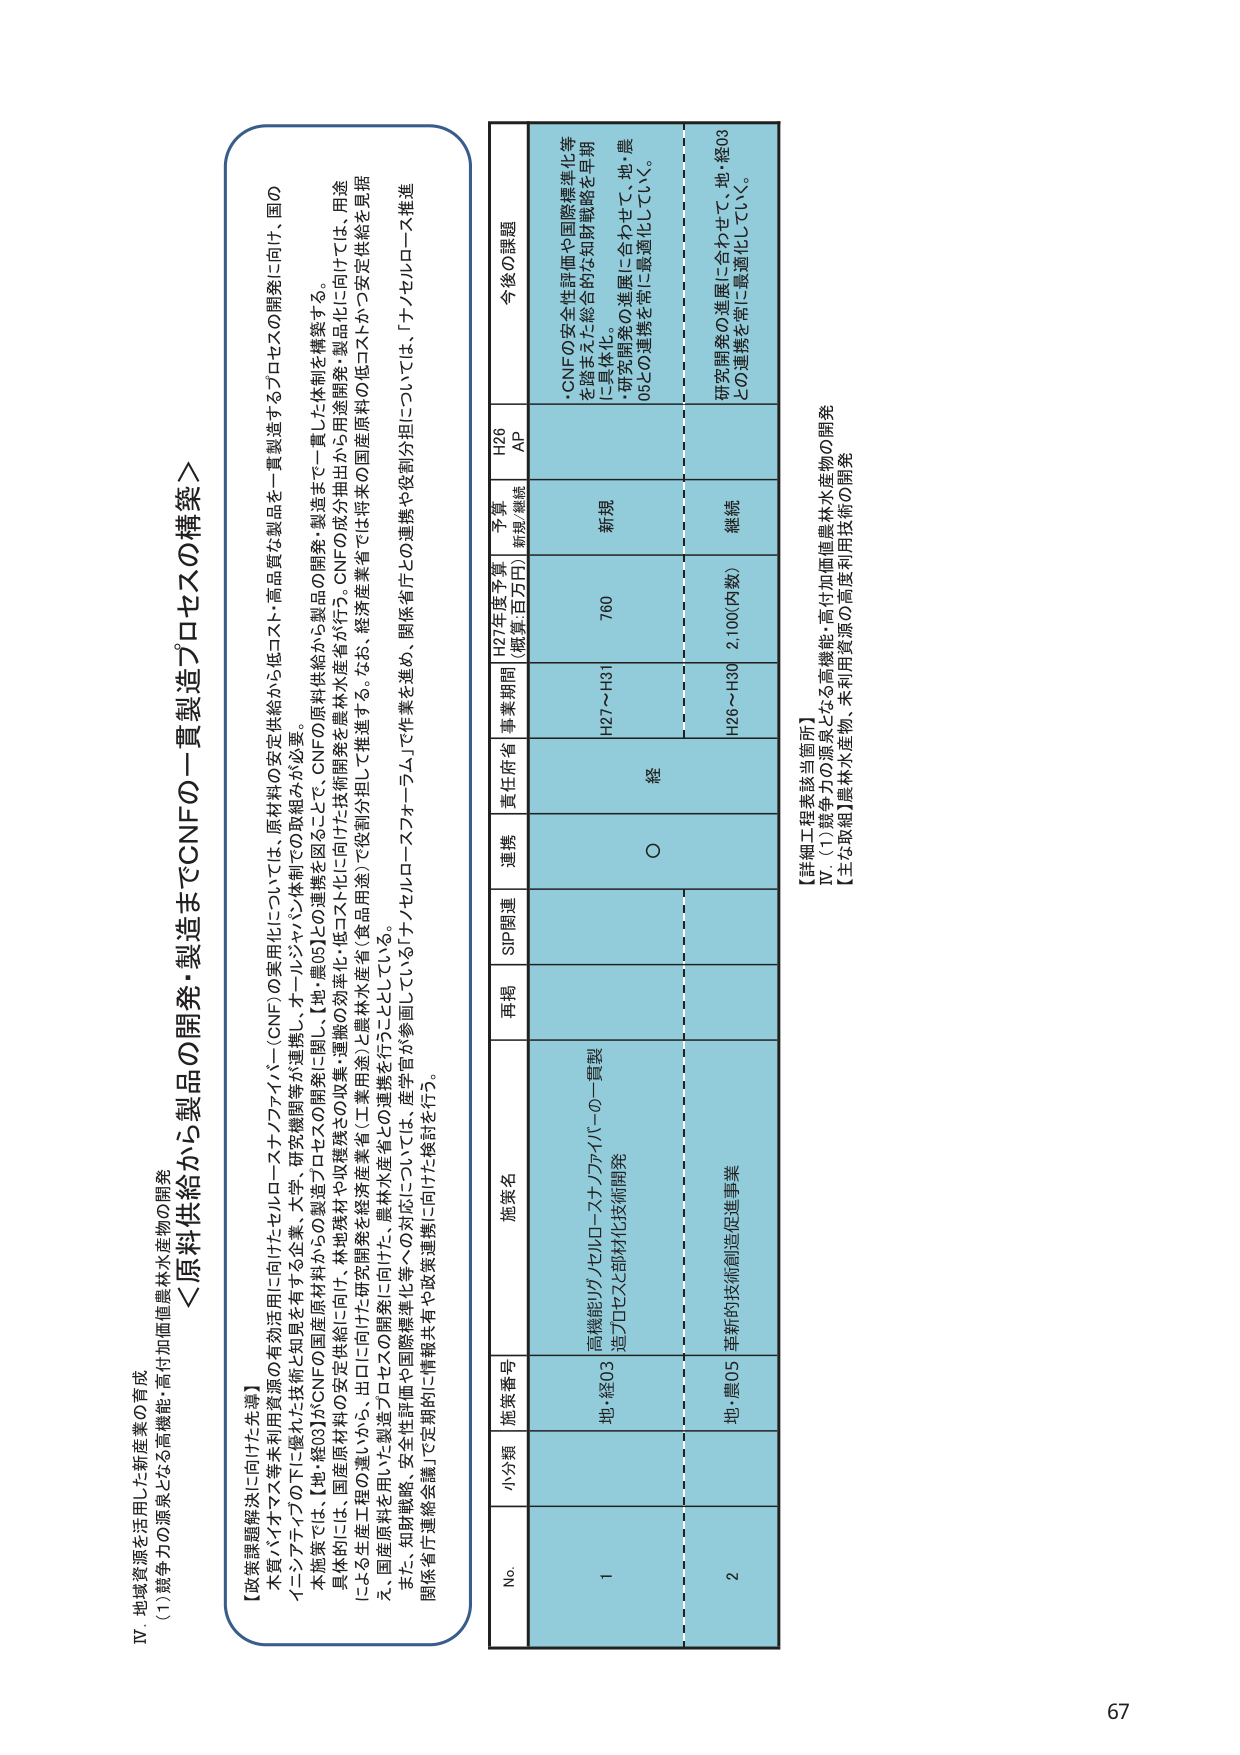
IV. 地域資源を活用した新産業の育成
(1) 競争力の源泉となる高機能・高付加価値農林水産物の開発

＜原料供給から製品の開発・製造までCNFの一貫製造プロセスの構築＞

【政策課題解決に向けた先導】
木質バイオマス等未利用資源の有効活用に向けたセルロースナノファイバー（CNF）の実用化については、原材料の安定供給から低コスト・高品質な製品を一貫製造するプロセスの開発に向け、国のイニシアティブ下に優れた技術と知財を有する企業、大学、研究機関等が連携し、オールジャパン体制でこの取組みが必要。

本施策では、【地・農05】がCNFの国産原材料からの製造プロセスの開発に関し、【地・農05】との連携を図る中で、CNFの原料供給から製品の開発・製造まで一貫した体制を構築する。

具体的には、国産原材料の安定供給に向け、林地残材や収穫残さの収集・運搬の効率化・低コスト化に向けた技術開発を農林水産省が行う。CNFの成分抽出から用途開発・製品化に向けた、用途による生産工程の違いから、出口に向けた研究開発を経済産業省（工業用途）と農林水産省（食品用途）で役割分担して推進する。なお、経済産業省では将来の国産原料の低コストかつ安定供給を見据え、国産原料を用いた製造プロセスの開発を行うこととしている。

また、知財戦略、安全性評価や国際標準化等への対応については、産学官が参画している「ナノセルロースフォーラム」で作業を進め、関係省庁との連携や役割分担については、「ナノセルロース推進関係省庁連絡会議」で定期的に情報共有や政策連携に向けた検討を行う。

No. 小分類 施策番号 施策名 再掲 SIP関連 連携 責任府省 事業期間 H27年度予算（概算:百万円） 予算新規/継続 H26 AP 今後の課題

1 地・農03 高機能リグノセルロースナノファイバーの一貫製造プロセス部材化技術開発 ○ 経 H27～H31 760 新規 ・CNFの安全性評価や国際標準化等を踏まえた総合的な知財戦略を早期に具体化。
・研究開発の進展に合わせて、地・農05との連携を常に最適化していく。

2 地・農05 革新的技術創造促進事業 H26～H30 2,100(内数) 継続 研究開発の進展に合わせて、地・農03との連携を常に最適化していく。

【詳細工程表該当箇所】
IV. (1) 競争力の源泉となる高機能・高付加価値農林水産物の開発
【主な取組】農林水産物、未利用資源の高度利用技術の開発

67